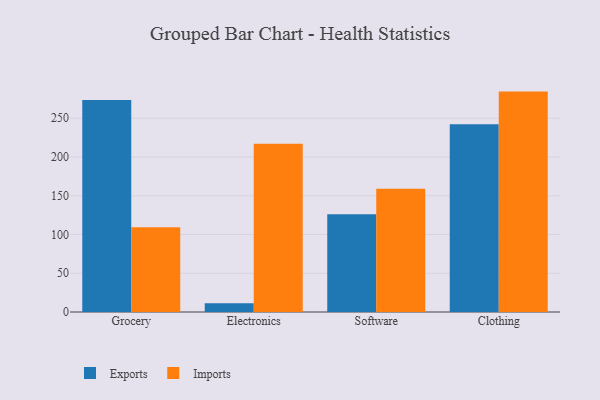
{"axis": {"x": "Category", "y": "Active Users"}, "legend": ["Exports", "Imports"], "data": [{"x": "Grocery", "y": 273.4, "type": "Exports"}, {"x": "Grocery", "y": 109.4, "type": "Imports"}, {"x": "Electronics", "y": 11.3, "type": "Exports"}, {"x": "Electronics", "y": 217.1, "type": "Imports"}, {"x": "Software", "y": 126.0, "type": "Exports"}, {"x": "Software", "y": 159.1, "type": "Imports"}, {"x": "Clothing", "y": 242.4, "type": "Exports"}, {"x": "Clothing", "y": 284.4, "type": "Imports"}]}